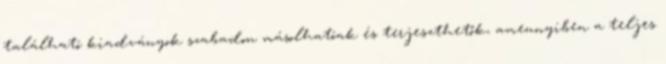
található kiadványok szabadon másolhatóak és terjeszthetők, amennyiben a teljes